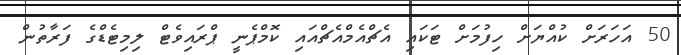
50 އަހަރަށް ކުއްޔަށް ހިފުމަށް ޓަކައި އެޗްއެމްއެޗްއައި ކޮމްޕެނީ ޕްރައިވެޓް ލިމިޓެޑްގެ ފަރާތުން